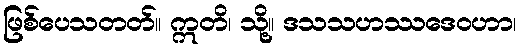
ဖြစ်ပေသတတ်။ ဣတိ၊ သို့။ ဒသသဟဿဒေဝဟာ၊